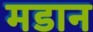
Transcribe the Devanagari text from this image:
मडान